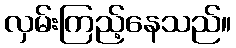
လှမ်းကြည့်နေသည်။